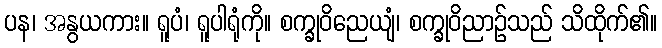
ပန၊ အနွယကား။ ရူပံ၊ ရူပါရုံကို။ စက္ခုဝိညေယျံ၊ စက္ခုဝိညာဉ်သည် သိထိုက်၏။